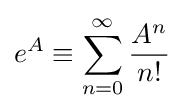
e^{A}\equiv \sum _{n=0}^{\infty }{\frac {A^{n}}{n!}}